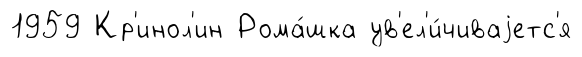
1959 Кр'инол'ин Рома́шка ув'ел'и́чиваjетс'я